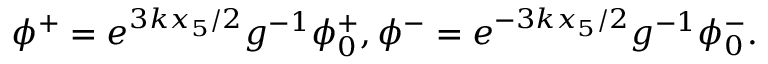
\phi ^ { + } = e ^ { 3 k x _ { 5 } / 2 } g ^ { - 1 } \phi _ { 0 } ^ { + } , \phi ^ { - } = e ^ { - 3 k x _ { 5 } / 2 } g ^ { - 1 } \phi _ { 0 } ^ { - } .